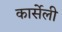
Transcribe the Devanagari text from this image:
कार्सेली